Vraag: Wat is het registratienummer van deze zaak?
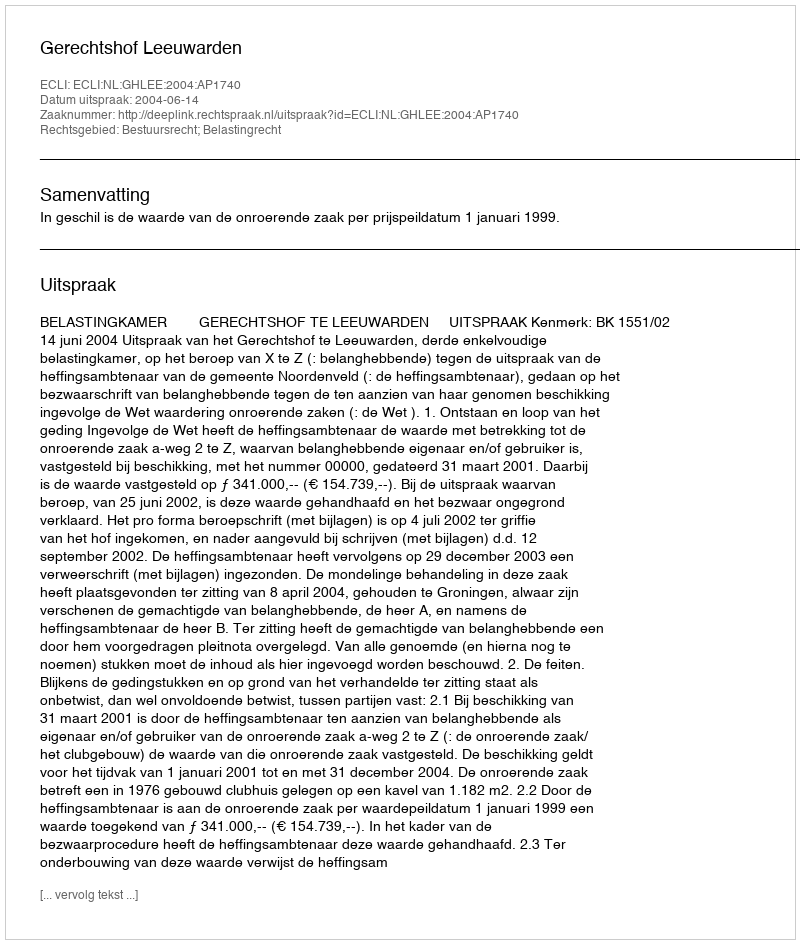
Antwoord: http://deeplink.rechtspraak.nl/uitspraak?id=ECLI:NL:GHLEE:2004:AP1740